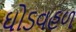
ઘોડવહળ